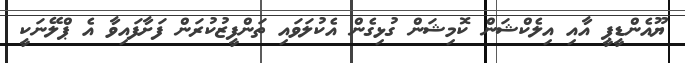
ޔޫއެންޑީޕީ އާއި އިލެކްޝަން ކޮމިޝަން ގުޅިގެން އެކުލަވައި ތަންފީޒުކުރަން ފަށާފައިވާ އެ ޕްލޭނަކީ